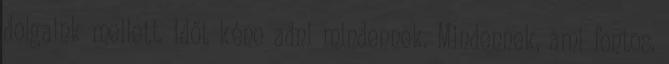
dolgaink mellett. Időt kéne adni mindennek. Mindennek, ami fontos.